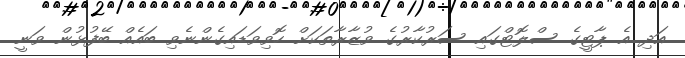
އަދި އެ ޕާޓީގެ ސްލޮޓްގައި ސަރުކާރުގެ ވުޒާރާތަކަށް ހޮވިވަޑައިގެންނެވި ބައެއް ބޭފުޅުން ވަނީ